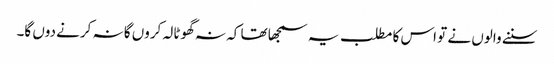
سننے والوں نے تو اس کا مطلب یہ سمجھا تھا کہ نہ گھوٹالہ کروں گا نہ کرنے دوں گا۔